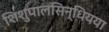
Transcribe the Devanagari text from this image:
शिशुपालसिन्धियया